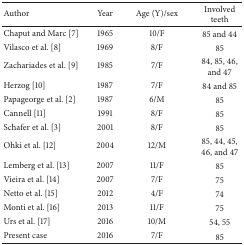
<table><thead><tr><td><b>Author </b></td><td><b>Year</b></td><td><b>Age (Y)/sex</b></td><td><b>Involved teeth</b></td></tr></thead><tbody><tr><td>Chaput and Marc [7] </td><td>1965</td><td>10/F</td><td>85 and 44</td></tr><tr><td>Vilasco et al. [8] </td><td>1969</td><td>8/F</td><td>85</td></tr><tr><td>Zachariades et al. [9]</td><td>1985</td><td>7/F</td><td>84, 85, 46, and 47</td></tr><tr><td>Herzog [10]</td><td>1987</td><td>7/F</td><td>84 and 85</td></tr><tr><td>Papageorge et al. [2]</td><td>1987</td><td>6/M</td><td>85</td></tr><tr><td>Cannell [11] </td><td>1991</td><td>8/F</td><td>85</td></tr><tr><td>Schafer et al. [3] </td><td>2001</td><td>8/F</td><td>85</td></tr><tr><td>Ohki et al. [12]</td><td>2004</td><td>12/M</td><td>85, 44, 45, 46, and 47</td></tr><tr><td>Lemberg et al. [13]</td><td>2007</td><td>11/F</td><td>85</td></tr><tr><td>Vieira et al. [14] </td><td>2007</td><td>7/F</td><td>75</td></tr><tr><td>Netto et al. [15]</td><td>2012 </td><td>4/F</td><td>74</td></tr><tr><td>Monti et al. [16]</td><td>2013</td><td>11/F</td><td>75</td></tr><tr><td>Urs et al. [17]</td><td>2016</td><td>10/M</td><td>54, 55</td></tr><tr><td>Present case</td><td>2016</td><td>7/F</td><td>85</td></tr></tbody></table>